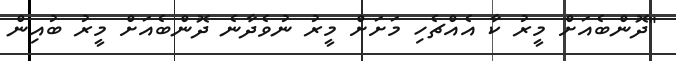
"ދޮންބެއަށް މީރު ކާ އެއްޗެހި މަށަށް މީރު ނުވެދާނެ ދޮންބެއަށް މީރު ބުއިން